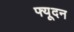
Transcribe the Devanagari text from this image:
फ्यूदन